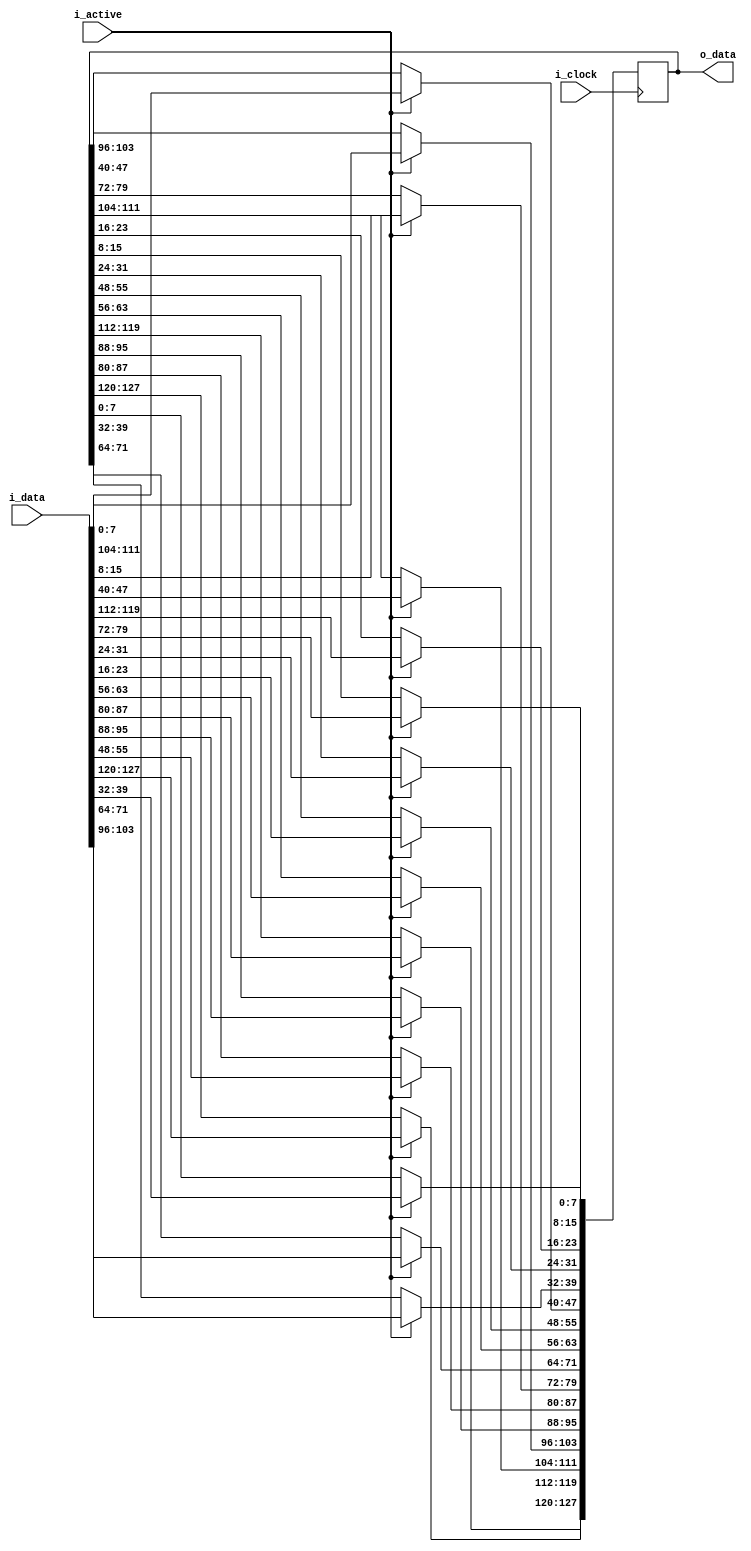
module ShiftRows(
	input i_clock,
	input [0:127] i_data,
	input i_active,
	output [0:127] o_data
);

reg [0:127] r_data;

always @(negedge i_clock) begin
	if (i_active) begin
		r_data[0:7] <= i_data[0:7];
		r_data[32:39] <= i_data[32:39];
		r_data[64:71] <= i_data[64:71];
		r_data[96:103] <= i_data[96:103];

		r_data[8:15] <= i_data[40:47];
		r_data[40:47] <= i_data[72:79];
		r_data[72:79] <= i_data[104:111];
		r_data[104:111] <= i_data[8:15];

		r_data[16:23] <= i_data[80:87];
		r_data[48:55] <= i_data[112:119];
		r_data[80:87] <= i_data[16:23];
		r_data[112:119] <= i_data[48:55];

		r_data[24:31] <= i_data[120:127];
		r_data[56:63] <= i_data[24:31];
		r_data[88:95] <= i_data[56:63];
		r_data[120:127] <= i_data[88:95];
	end
end

assign o_data = r_data;

endmodule